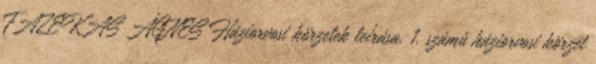
FAZEKAS ÁGNES Háziorvosi körzetek leírása. 1. számú háziorvosi körzet